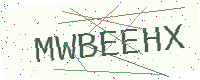
Text: MWBEEHX